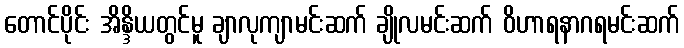
တောင်ပိုင်း အိန္ဒိယတွင်မူ ချာလုကျာမင်းဆက် ချိုလမင်းဆက် ဝိဟာရနာဂရမင်းဆက်